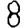
Digit: 8